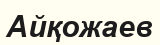
Айқожаев